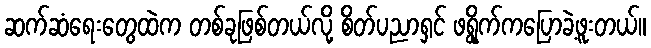
ဆက်ဆံရေးတွေထဲက တစ်ခုဖြစ်တယ်လို့ စိတ်ပညာရှင် ဖရွိုက်ကပြောခဲ့ဖူးတယ်။